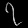
Digit: ၇